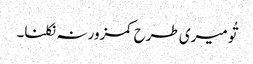
تُو میری طرح کمزور نہ نکلنا۔